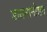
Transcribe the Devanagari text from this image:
डायनामोशन